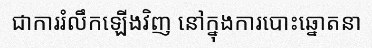
ជាការរំលឹកឡើងវិញ នៅក្នុងការបោះឆ្នោតនា